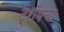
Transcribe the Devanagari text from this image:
ट्रॉयचा